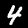
Digit: 4